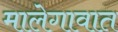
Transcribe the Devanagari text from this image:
मालेगावात